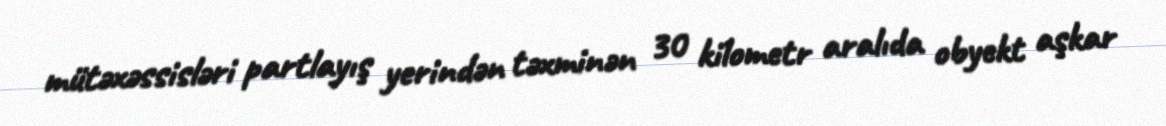
mütəxəssisləri partlayış yerindən təxminən 30 kilometr aralıda obyekt aşkar